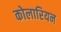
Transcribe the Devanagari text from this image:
कोलारियन